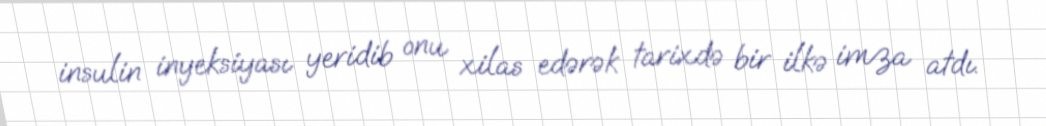
insulin inyeksiyası yeridib onu xilas edərək tarixdə bir ilkə imza atdı.